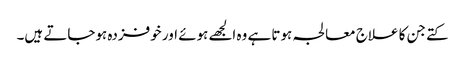
کتے جن کا علاج معالجہ ہوتا ہے وہ الجھے ہوئے اور خوفزدہ ہوجاتے ہیں۔